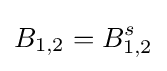
B_{1,2}=B_{1,2}^{s}